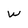
Character: W